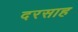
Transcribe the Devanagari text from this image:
दरसाह